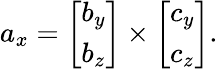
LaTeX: a_{x}={\left[\begin{array}{l}{b_{y}}\\ {b_{z}}\end{array}\right]}\times{\left[\begin{array}{l}{c_{y}}\\ {c_{z}}\end{array}\right]}.